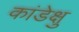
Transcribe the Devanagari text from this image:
कांडेक्षु